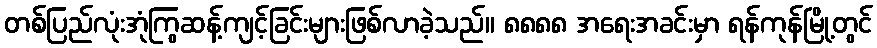
တစ်ပြည်လုံးအုံကြွဆန့်ကျင့်ခြင်းများဖြစ်လာခဲ့သည်။ ၈၈၈၈ အရေးအခင်းမှာ ရန်ကုန်မြို့တွင်